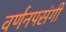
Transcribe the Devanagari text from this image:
वर्णनपसंगी